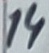
Text: 14